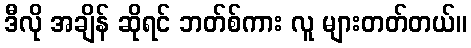
ဒီလို အချိန် ဆိုရင် ဘတ်စ်ကား လူ များတတ်တယ်။